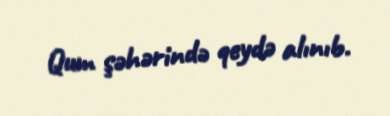
Qum şəhərində qeydə alınıb.